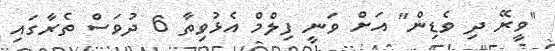
"ވީރޭ ދި ވެޑިން" އަށް ވަނީ ފިލްމް އެޅުވިތާ 6 ދުވަސް ތެރާގައި